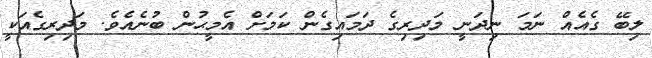
ލިބޭ ގެެއެއް ނަަމަ ނިދަނީ މަދިރިގެ ދަމައިގެެން ކަމަށް އެމީޙުން ބުނެއެވެެ. މަދިރިގެެއަކީ